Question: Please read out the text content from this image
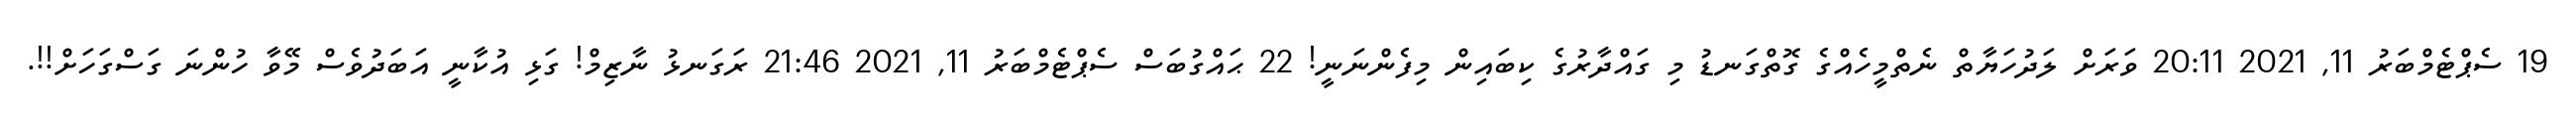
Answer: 19 ސެޕްޓެމްބަރު 11, 2021 20:11 ވަރަށް ލަދުހަޔާތް ނެތްމީހެއްގެ ގޮތްގަނޑު މި ގައްދާރުގެ ކިބައިން މިފެންނަނީ! 22 ޙައްގުބަސް ސެޕްޓެމްބަރު 11, 2021 21:46 ރަގަނޅު ނާޒިމް! ގަޅި އުކާނީ އަބަދުވެސް މޭވާ ހުންނަ ގަސްގަހަށް!!.